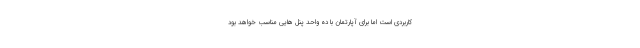
کاربردی است اما برای آپارتمان با ده واحد پنل هایی مناسب خواهد بود